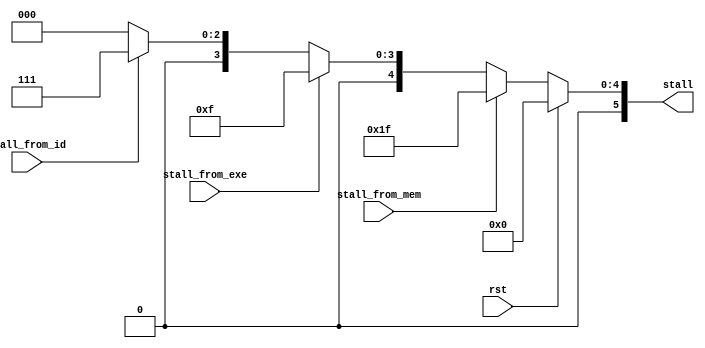
module control(
	input wire rst,
	input wire stall_from_exe,//stall request from EXE
	input wire stall_from_id,
	input wire stall_from_mem,
	/*stall[0] pc stall
	stall[1] IF stall
	stall[2] ID stall
	stall[3] EXE stall
	stall[4] MEM stall
	stall[5] WB stall*/
	output reg [5:0] stall
);
	always @(*) begin
		if(rst == 1'b1) begin
			stall <= 6'b0;
		end else if(stall_from_mem == 1'b1) begin
			stall <= 6'b011111;	
		end else if(stall_from_exe == 1'b1) begin
			stall <= 6'b001111;
		end else if(stall_from_id == 1'b1) begin
			stall <= 6'b000111;
		end else begin
			stall <= 6'b0;
		end
	end
endmodule